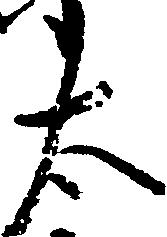
太